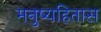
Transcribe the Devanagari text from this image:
मनुष्यहितास